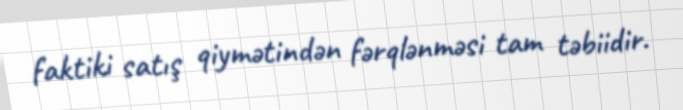
faktiki satış qiymətindən fərqlənməsi tam təbiidir.